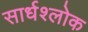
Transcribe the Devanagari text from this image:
सार्धश्लोक